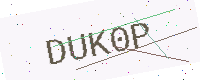
Text: DUK0P